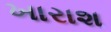
ખારાશ